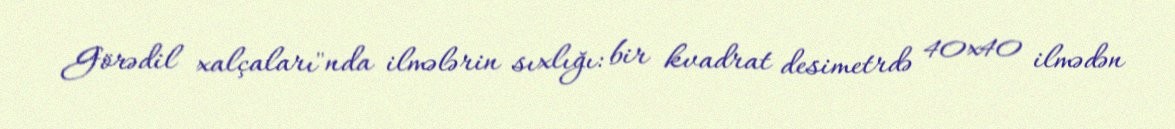
Görədil xalçaları"nda ilmələrin sıxlığı: bir kvadrat desimetrdə 40x40 ilmədən